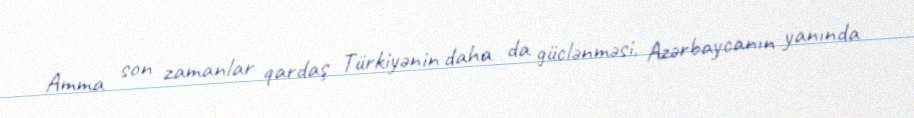
Amma son zamanlar qardaş Türkiyənin daha da güclənməsi, Azərbaycanın yanında